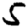
Digit: 5